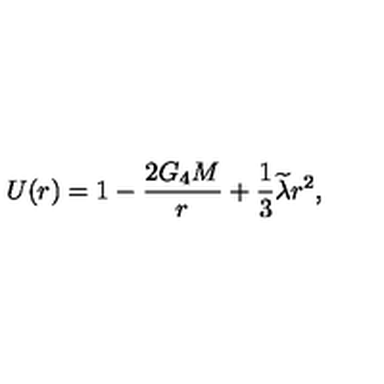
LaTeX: U ( r ) = 1 - \frac { 2 G _ { 4 } M } r + \frac 1 3 \widetilde { \lambda } r ^ { 2 } ,